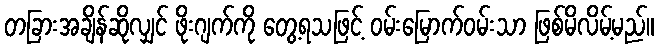
တခြားအချိန်ဆိုလျှင် ဖိုးဂျက်ကို တွေ့ရသဖြင့် ဝမ်းမြောက်ဝမ်းသာ ဖြစ်မိလိမ့်မည်။